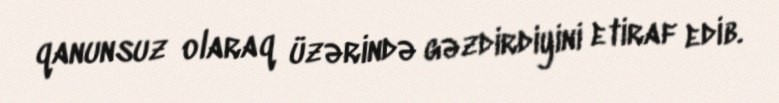
qanunsuz olaraq üzərində gəzdirdiyini etiraf edib.